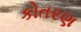
કોતરણ